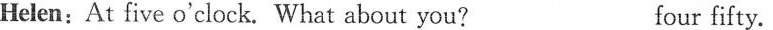
Helen: At five o'clock. What about you? four fifty.